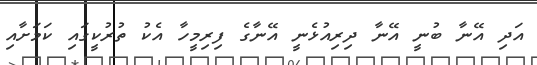
އަދި އޭނާ ބުނީ އޭނާ ދިރިއުޅެނީ އޭނާގެ ފިރިމީހާ އެކު ތުރުކީގައި ކަމަށާއި